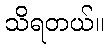
သိရတယ်။